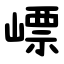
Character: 㟽